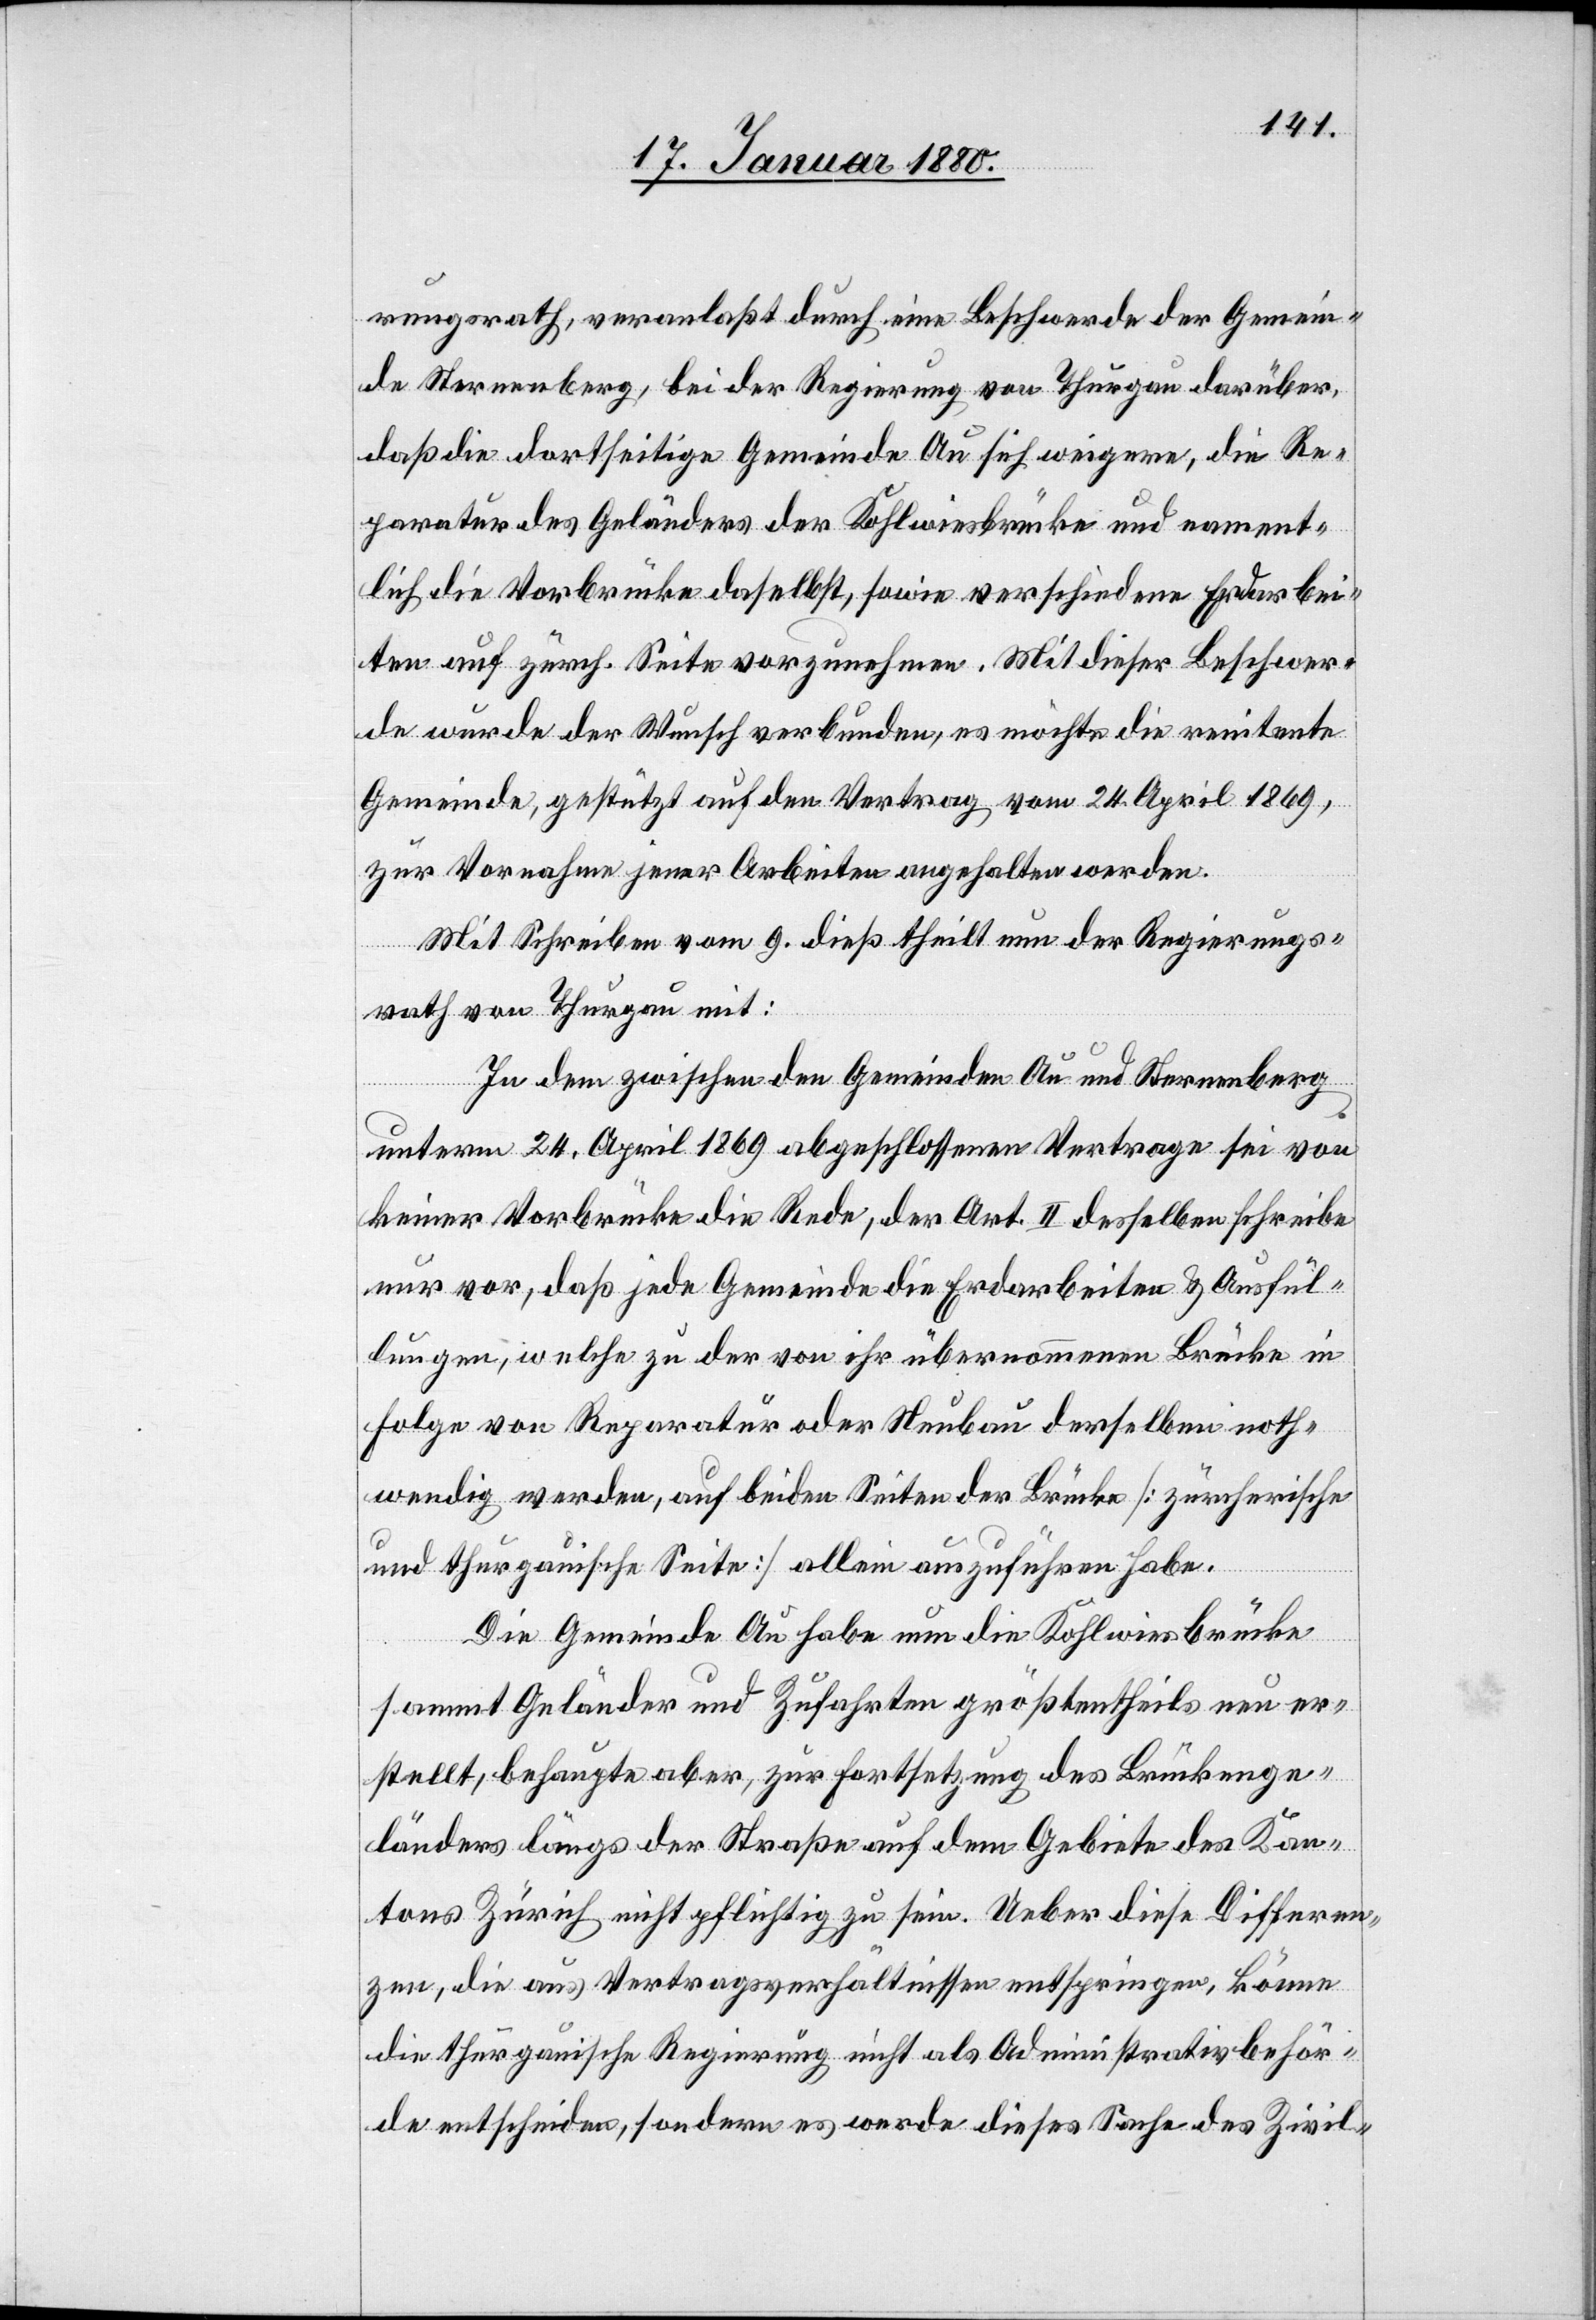
rungsrath, veranlaßt durch eine Beschwerde der Gemein¬
de Sternenberg, bei der Regierung von Thurgau darüber,
daß die dortseitige Gemeinde Au sich weigere, die Re¬
paratur des Gebäudes der Kohlwiesbrücke und nament¬
lich die Vorbrücke daselbst, sowie verschiedene Erdarbei¬
ten auf zürch. Seite vorzunehmen. Mit dieser Beschwer¬
de wurde der Wunsch verbunden, es möchte die renitente
Gemeinde, gestützt auf den Vertrag vom 24. April 1869,
zur Vornahme jener Arbeiten angehalten werden.
Mit Schreiben vom 9. dieß theilt nun der Regierungs¬
rath von Thurgau mit:
In dem zwischen den Gemeinden Au und Sternenberg
unterm 24. April 1869 abgeschlossenen Vertrage sei von
keiner Vorbrücke die Rede, der Art. II desselben schreibe
nur vor, daß jede Gemeinde die Erdarbeiten & Ausfül¬
lungen, welche zu der von ihr übernommenen Brücke in
Folge von Reparatur oder Neubau derselben noth¬
wendig werden, auf beiden Seiten der Brücke [zürcherische
und thurgauische Seite] allein auszuführen habe.
Die Gemeinde Au habe nun die Kohlwiesbrücke
sammt Geländer und Zufahrten größtentheils neu er¬
stellt, behaupte aber, zur Fortsetzung des Brückenge¬
länders längs der Straße auf dem Gebiete des Kan¬
tons Zürich nicht pflichtig zu sein. Ueber diese Differen¬
zen, die aus Vertragsverhältnissen entspringen, könne
die thurgauische Regierung nicht als Administrativbehör¬
de entscheiden, sondern es werde dieses Sache des Zivil-